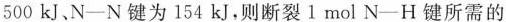
500kJ、N-N键为154kJ，则断裂1mol N-H键所需的